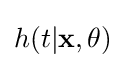
h(t|\mathbf {x} ,\mathbf {\theta } )